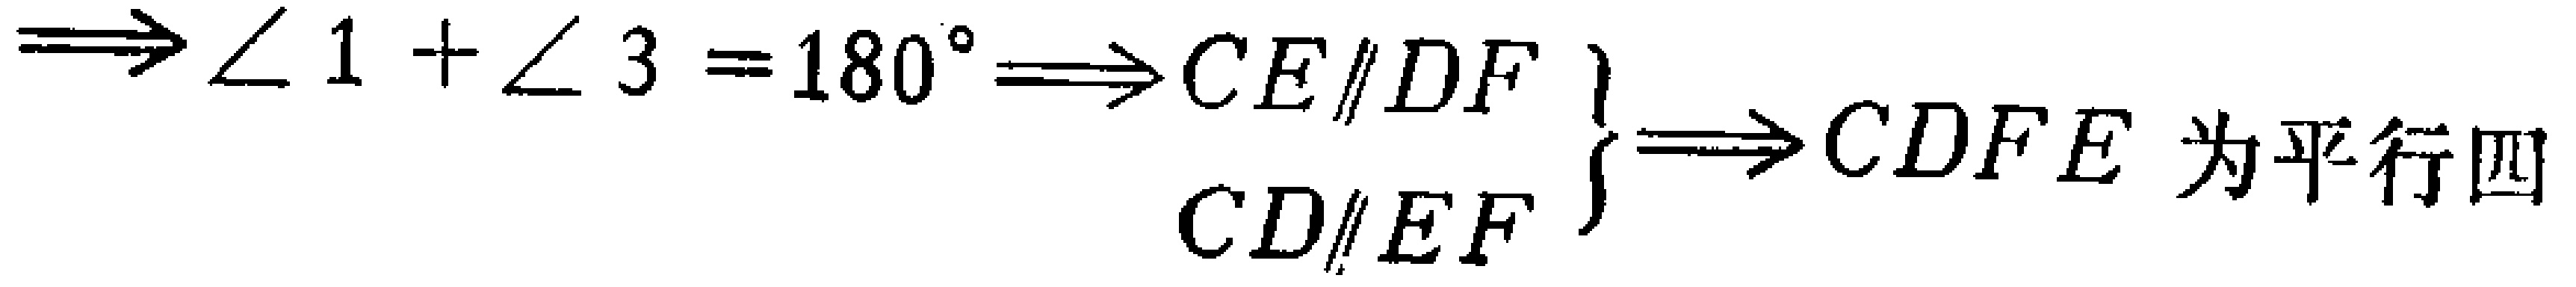
$\Longrightarrow \angle 1+\angle 3 = 180^{\circ}\Longrightarrow CE\parallel DF\left.\begin{array}{r}  \\ CD\parallel EF\end{array}\right\}\Longrightarrow CDFE\text{ 为平行四}$